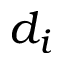
d _ { i }